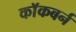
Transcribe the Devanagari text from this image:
काॅकबर्न